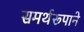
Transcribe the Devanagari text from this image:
समर्थरूपाने